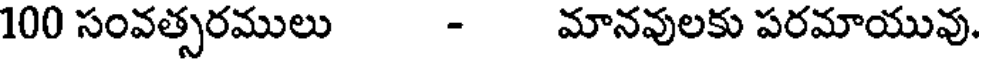
100 సంవత్సరములు - మానవులకు పరమాయువు.